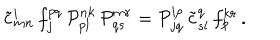
\tilde { c } { } _ { m n } ^ { i } \, f _ { j } ^ { p q } \, { \cal P } _ { p l } ^ { n k } \, { \cal P } _ { q s } ^ { m r } = { \cal P } _ { j q } ^ { i p } \, \tilde { c } { } _ { s l } ^ { q } \, f _ { p } ^ { k r } \, .